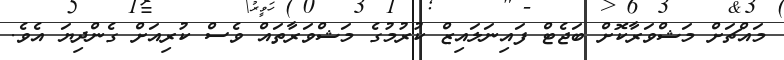
މައްޗަށް މަޝްވަރާކޮށް ބަޖެޓް ފައިނަލައިޒް ކުރުމުގެ މަޝްވަރާތައް ވެސް ކުރިއަށް ގެންދިޔަ އެވެ.